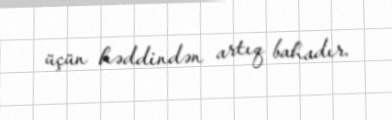
üçün həddindən artıq bahadır.